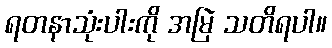
ရတနာသုံးပါးကို အမြဲ သတိရပါ။